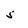
Character: 5